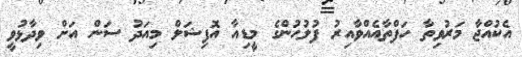
އެކުއްޖާ މަރުވިތާ ހަފްތާއެއްވާއިރު ފުލުހުންގެ މީޑިއާ އޮފިޝަލް މިއަދު ސަން އަށް ވިދާޅުވީ